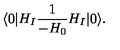
\langle 0 | H _ { I } { \frac { 1 } { - H _ { 0 } } } H _ { I } | 0 \rangle .